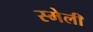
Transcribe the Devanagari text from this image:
स्मेली